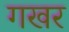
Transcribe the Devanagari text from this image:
गखर